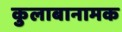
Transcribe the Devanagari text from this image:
कुलाबानामक